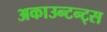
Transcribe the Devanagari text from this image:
अकाउन्टन्ट्स